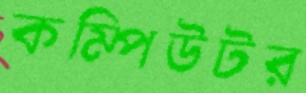
কম্পিউটর